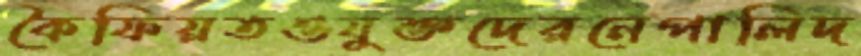
কৈফিয়তওযুক্তদেরনেপালিদ